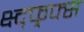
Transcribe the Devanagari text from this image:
क्ष्द्फ्र्फ्स